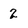
Character: 2